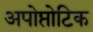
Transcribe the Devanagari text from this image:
अपोप्तोटिक